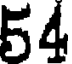
54